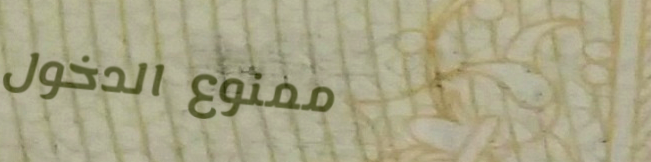
ممنوع الدخول